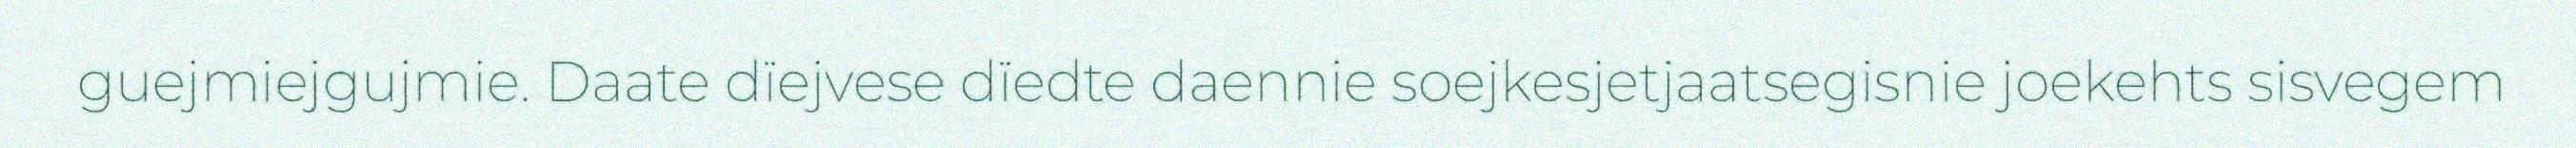
guejmiejgujmie. Daate dïejvese dïedte daennie soejkesjetjaatsegisnie joekehts sisvegem